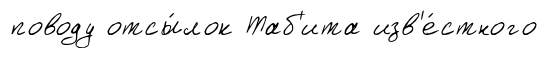
поводу отсы́лок Таб'ита изв'е́стного